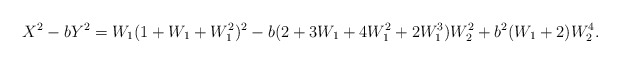
\begin{align*}X^2-bY^2=W_1(1+W_1+W_1^2)^2-b(2+3W_1+4W_1^2+2W_1^3)W_2^2+b^2(W_1+2)W_2^4.\end{align*}